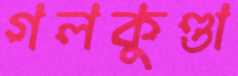
গলকুণ্ডা